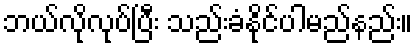
ဘယ်လိုလုပ်ပြီး သည်းခံနိုင်ပါမည်နည်း။